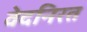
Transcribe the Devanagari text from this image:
वेदनिरत